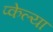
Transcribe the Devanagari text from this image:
प्केल्या